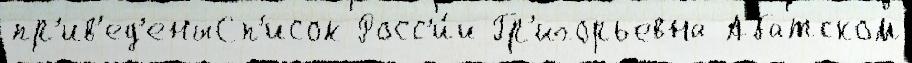
пр'ив'ед'еныСп'исок Росс'и́и Гр'игорьевна Абатском